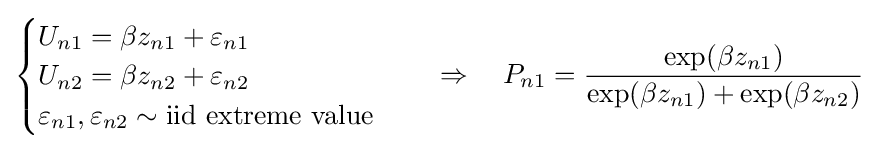
{\begin{cases}U_{n1}=\beta z_{n1}+\varepsilon _{n1}\\U_{n2}=\beta z_{n2}+\varepsilon _{n2}\\\varepsilon _{n1},\varepsilon _{n2}\sim {\text{iid extreme value}}\end{cases}}\quad \Rightarrow \quad P_{n1}={\frac {\exp(\beta z_{n1})}{\exp(\beta z_{n1})+\exp(\beta z_{n2})}}